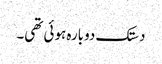
دستک دوبارہ ہوئی تھی۔